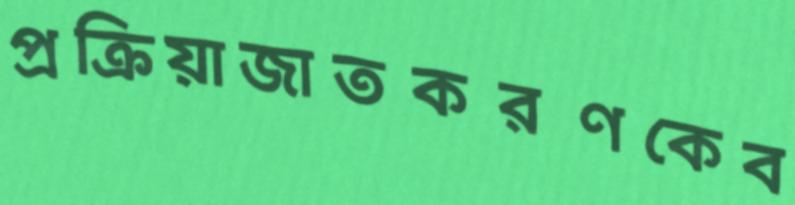
প্রক্রিয়াজাতকরণকেব